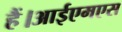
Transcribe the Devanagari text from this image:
हैं।आईएमएस